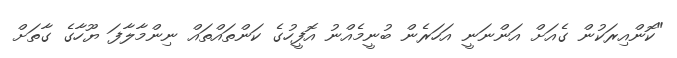
"ކޮންއިރަކުން ގެއަށް އަންނަނީ އަހަރެން ބުނީމެއްނު އޮފީހުގެ ކަންތައްތައް ނިންމާލާފަ ޔޫހާގެ ގާތަށް